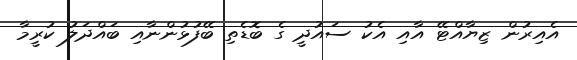
އެއިރުން ޒިޔާއްޓޭ އާއި އެކު ސައުދީ ގެ ބޮޑެތި ބޭފުޅުންނާއި ބައްދަލު ކުރީމާ